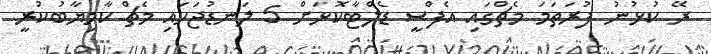
ރޭ ކުޅުނު ފުރަތަމަ މެޗްގައި އެފްސީ ޑެލްޓާކޮޅަށް 5 ލަނޑުޖަހައި މެޗް ކާމިޔާބުކުރީ